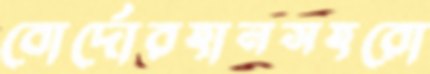
বোর্দোরহানসহরো